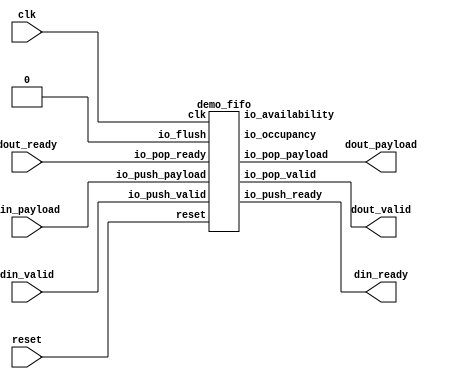
// Generator : SpinalHDL v1.7.2    git head : 08fc866bebdc40c471ebe327bface63e34406489
// Component : StreamFifo_4_setDefName
// Git hash  : 23d564a3e9d4d768c2cb1641ec7dc2becc0d2602

`timescale 1ns/1ps

module StreamFifo_4_setDefName (
  input               din_valid,
  output              din_ready,
  input      [7:0]    din_payload,
  output              dout_valid,
  input               dout_ready,
  output     [7:0]    dout_payload,
  input               clk,
  input               reset
);

  wire                fifo_io_push_ready;
  wire                fifo_io_pop_valid;
  wire       [7:0]    fifo_io_pop_payload;
  wire       [4:0]    fifo_io_occupancy;
  wire       [4:0]    fifo_io_availability;

  demo_fifo fifo (
    .io_push_valid   (din_valid                ), //i
    .io_push_ready   (fifo_io_push_ready       ), //o
    .io_push_payload (din_payload[7:0]         ), //i
    .io_pop_valid    (fifo_io_pop_valid        ), //o
    .io_pop_ready    (dout_ready               ), //i
    .io_pop_payload  (fifo_io_pop_payload[7:0] ), //o
    .io_flush        (1'b0                     ), //i
    .io_occupancy    (fifo_io_occupancy[4:0]   ), //o
    .io_availability (fifo_io_availability[4:0]), //o
    .clk             (clk                      ), //i
    .reset           (reset                    )  //i
  );
  assign din_ready = fifo_io_push_ready;
  assign dout_valid = fifo_io_pop_valid;
  assign dout_payload = fifo_io_pop_payload;

endmodule

module demo_fifo (
  input               io_push_valid,
  output              io_push_ready,
  input      [7:0]    io_push_payload,
  output              io_pop_valid,
  input               io_pop_ready,
  output     [7:0]    io_pop_payload,
  input               io_flush,
  output     [4:0]    io_occupancy,
  output     [4:0]    io_availability,
  input               clk,
  input               reset
);

  reg        [7:0]    _zz_logic_ram_port0;
  wire       [3:0]    _zz_logic_pushPtr_valueNext;
  wire       [0:0]    _zz_logic_pushPtr_valueNext_1;
  wire       [3:0]    _zz_logic_popPtr_valueNext;
  wire       [0:0]    _zz_logic_popPtr_valueNext_1;
  wire                _zz_logic_ram_port;
  wire                _zz_io_pop_payload;
  wire       [7:0]    _zz_logic_ram_port_1;
  wire       [3:0]    _zz_io_availability;
  reg                 _zz_1;
  reg                 logic_pushPtr_willIncrement;
  reg                 logic_pushPtr_willClear;
  reg        [3:0]    logic_pushPtr_valueNext;
  reg        [3:0]    logic_pushPtr_value;
  wire                logic_pushPtr_willOverflowIfInc;
  wire                logic_pushPtr_willOverflow;
  reg                 logic_popPtr_willIncrement;
  reg                 logic_popPtr_willClear;
  reg        [3:0]    logic_popPtr_valueNext;
  reg        [3:0]    logic_popPtr_value;
  wire                logic_popPtr_willOverflowIfInc;
  wire                logic_popPtr_willOverflow;
  wire                logic_ptrMatch;
  reg                 logic_risingOccupancy;
  wire                logic_pushing;
  wire                logic_popping;
  wire                logic_empty;
  wire                logic_full;
  reg                 _zz_io_pop_valid;
  wire                when_Stream_l1078;
  wire       [3:0]    logic_ptrDif;
  reg [7:0] logic_ram [0:15];

  assign _zz_logic_pushPtr_valueNext_1 = logic_pushPtr_willIncrement;
  assign _zz_logic_pushPtr_valueNext = {3'd0, _zz_logic_pushPtr_valueNext_1};
  assign _zz_logic_popPtr_valueNext_1 = logic_popPtr_willIncrement;
  assign _zz_logic_popPtr_valueNext = {3'd0, _zz_logic_popPtr_valueNext_1};
  assign _zz_io_availability = (logic_popPtr_value - logic_pushPtr_value);
  assign _zz_io_pop_payload = 1'b1;
  assign _zz_logic_ram_port_1 = io_push_payload;
  always @(posedge clk) begin
    if(_zz_io_pop_payload) begin
      _zz_logic_ram_port0 <= logic_ram[logic_popPtr_valueNext];
    end
  end

  always @(posedge clk) begin
    if(_zz_1) begin
      logic_ram[logic_pushPtr_value] <= _zz_logic_ram_port_1;
    end
  end

  always @(*) begin
    _zz_1 = 1'b0;
    if(logic_pushing) begin
      _zz_1 = 1'b1;
    end
  end

  always @(*) begin
    logic_pushPtr_willIncrement = 1'b0;
    if(logic_pushing) begin
      logic_pushPtr_willIncrement = 1'b1;
    end
  end

  always @(*) begin
    logic_pushPtr_willClear = 1'b0;
    if(io_flush) begin
      logic_pushPtr_willClear = 1'b1;
    end
  end

  assign logic_pushPtr_willOverflowIfInc = (logic_pushPtr_value == 4'b1111);
  assign logic_pushPtr_willOverflow = (logic_pushPtr_willOverflowIfInc && logic_pushPtr_willIncrement);
  always @(*) begin
    logic_pushPtr_valueNext = (logic_pushPtr_value + _zz_logic_pushPtr_valueNext);
    if(logic_pushPtr_willClear) begin
      logic_pushPtr_valueNext = 4'b0000;
    end
  end

  always @(*) begin
    logic_popPtr_willIncrement = 1'b0;
    if(logic_popping) begin
      logic_popPtr_willIncrement = 1'b1;
    end
  end

  always @(*) begin
    logic_popPtr_willClear = 1'b0;
    if(io_flush) begin
      logic_popPtr_willClear = 1'b1;
    end
  end

  assign logic_popPtr_willOverflowIfInc = (logic_popPtr_value == 4'b1111);
  assign logic_popPtr_willOverflow = (logic_popPtr_willOverflowIfInc && logic_popPtr_willIncrement);
  always @(*) begin
    logic_popPtr_valueNext = (logic_popPtr_value + _zz_logic_popPtr_valueNext);
    if(logic_popPtr_willClear) begin
      logic_popPtr_valueNext = 4'b0000;
    end
  end

  assign logic_ptrMatch = (logic_pushPtr_value == logic_popPtr_value);
  assign logic_pushing = (io_push_valid && io_push_ready);
  assign logic_popping = (io_pop_valid && io_pop_ready);
  assign logic_empty = (logic_ptrMatch && (! logic_risingOccupancy));
  assign logic_full = (logic_ptrMatch && logic_risingOccupancy);
  assign io_push_ready = (! logic_full);
  assign io_pop_valid = ((! logic_empty) && (! (_zz_io_pop_valid && (! logic_full))));
  assign io_pop_payload = _zz_logic_ram_port0;
  assign when_Stream_l1078 = (logic_pushing != logic_popping);
  assign logic_ptrDif = (logic_pushPtr_value - logic_popPtr_value);
  assign io_occupancy = {(logic_risingOccupancy && logic_ptrMatch),logic_ptrDif};
  assign io_availability = {((! logic_risingOccupancy) && logic_ptrMatch),_zz_io_availability};
  always @(posedge clk or posedge reset) begin
    if(reset) begin
      logic_pushPtr_value <= 4'b0000;
      logic_popPtr_value <= 4'b0000;
      logic_risingOccupancy <= 1'b0;
      _zz_io_pop_valid <= 1'b0;
    end else begin
      logic_pushPtr_value <= logic_pushPtr_valueNext;
      logic_popPtr_value <= logic_popPtr_valueNext;
      _zz_io_pop_valid <= (logic_popPtr_valueNext == logic_pushPtr_value);
      if(when_Stream_l1078) begin
        logic_risingOccupancy <= logic_pushing;
      end
      if(io_flush) begin
        logic_risingOccupancy <= 1'b0;
      end
    end
  end


endmodule